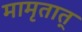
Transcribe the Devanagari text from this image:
मामृतात्